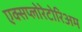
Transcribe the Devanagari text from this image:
एक्सप्लोरेटोरिअम